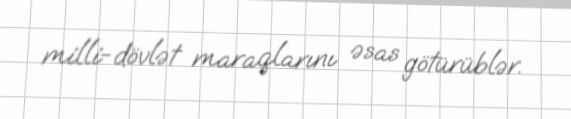
milli-dövlət maraqlarını əsas götürüblər.